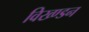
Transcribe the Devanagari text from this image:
विख्ण्डन